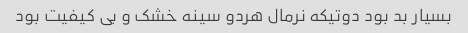
بسیار بد بود دوتیکه نرمال هردو سینه خشک و بی کیفیت بود